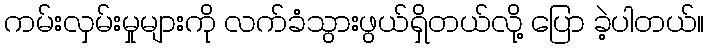
ကမ်းလှမ်းမှုများကို လက်ခံသွားဖွယ်ရှိတယ်လို့ ပြော ခဲ့ပါတယ်။